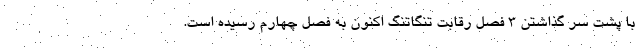
با پشت سر گذاشتن 3 فصل رقابت تنگاتنگ اکنون به فصل چهارم رسیده است.